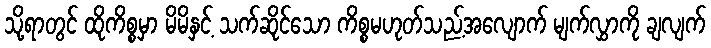
သို့ရာတွင် ထိုကိစ္စမှာ မိမိနှင့် သက်ဆိုင်သော ကိစ္စမဟုတ်သည့်အလျောက် မျက်လွှာကို ချလျက်